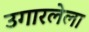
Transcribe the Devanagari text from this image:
उगारलेला